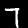
Label: 7